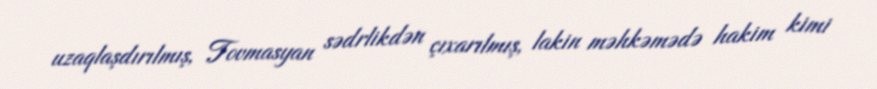
uzaqlaşdırılmış, Tovmasyan sədrlikdən çıxarılmış, lakin məhkəmədə hakim kimi